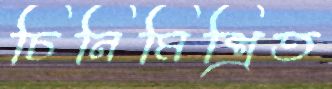
চিনিমিশ্রিত